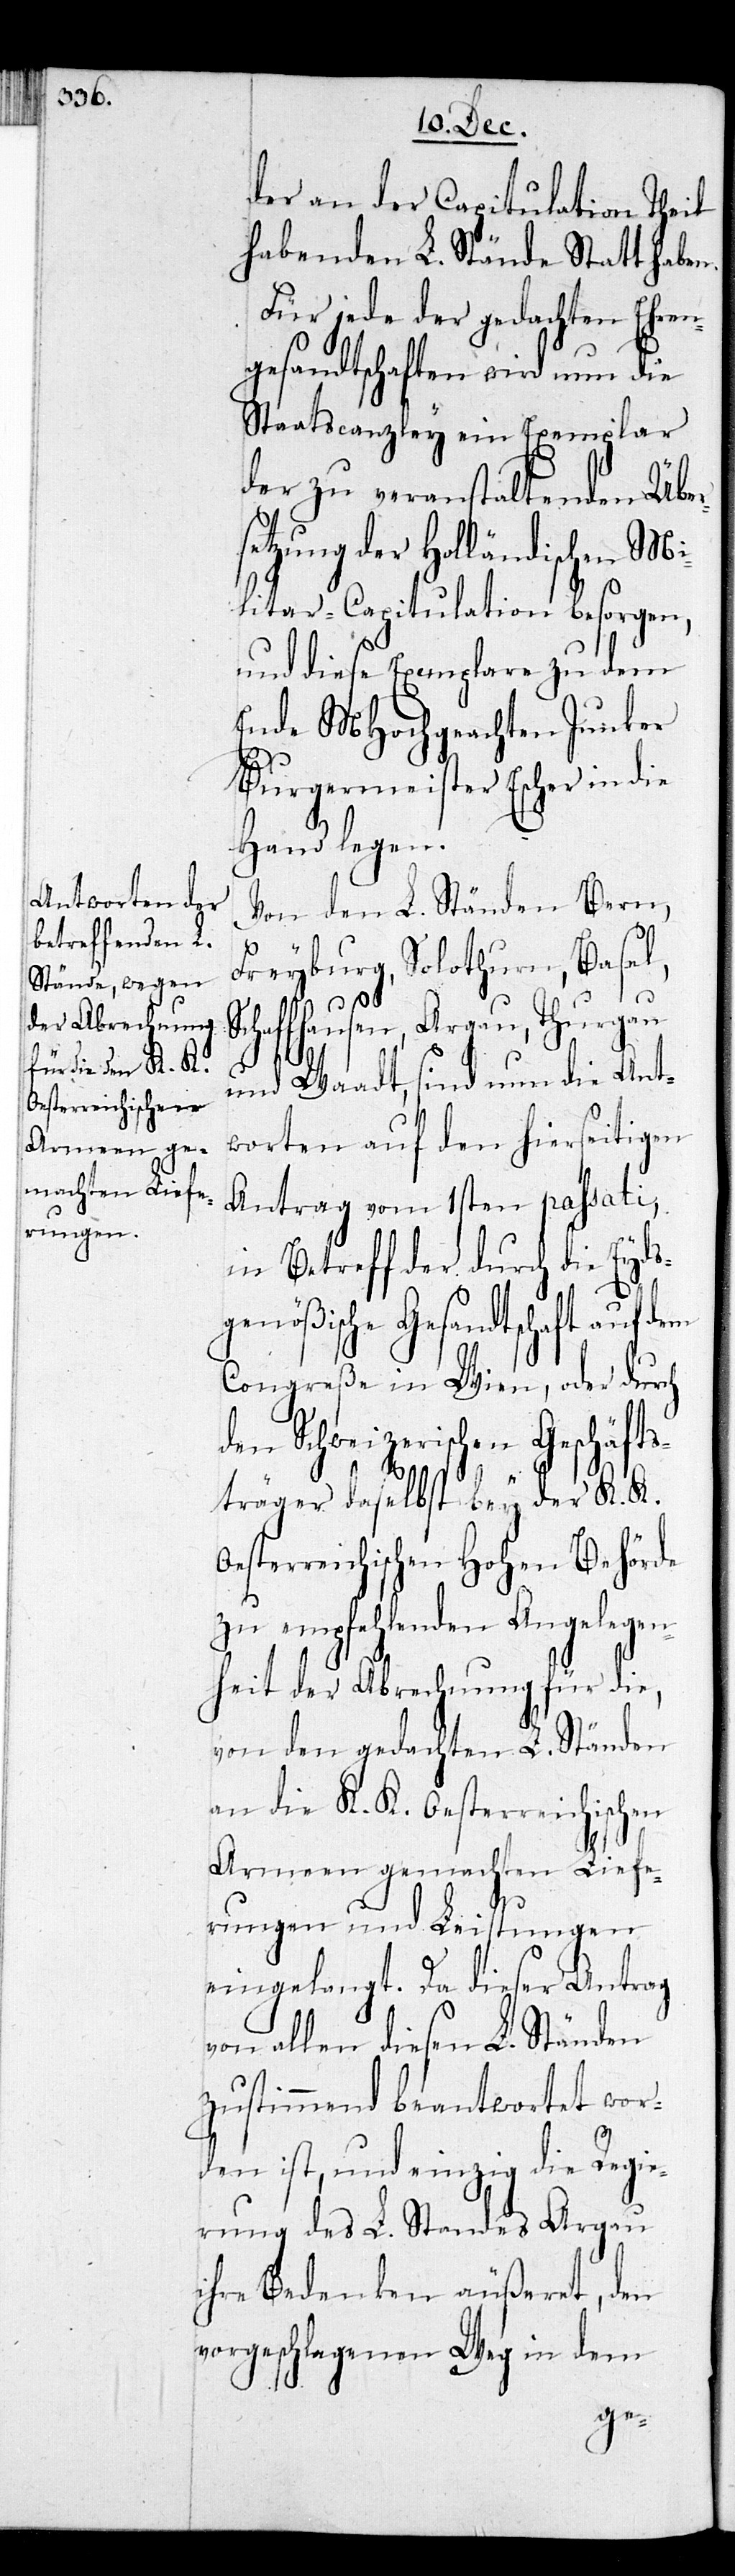
der an der Capitulation Theil
habenden L. Stände Statt haben.
Für jede der gedachten Ehren¬
gesandtschaften wird nun die
Staatscanzley ein Exemplar
der zu veranstaltenden Über¬
setzung der Holländischen Mi¬
litar-Capitulation besorgen,
und diese Exemplare zu dem
Ende MHochgeachten Junker
Burgermeister Escher in
Hand legen.
Von den L. Ständen Bern,
Freyburg, Solothurn, Basel,
O¬
Schaffhausen, Aargau,
und Waadt, sind nun die Ant¬
worten auf den hierseitigen
Antrag vom 1sten passati
in Betreff der durch die Eyds¬
genößische Gesandtschaft auf dem
Congreße in Wien, oder durch
den Schweizerischen Geschäft¬
sträger daselbst bey der K. K.
esterreichischen Hohen Behörde
zu empfehlenden Angelegen¬
heit der Abrechnung für die,
von den gedachten L. Ständen
an die K. K. Oesterreichischen
Armeen gemachten Liefe¬
rungen und Leistungen
eingelangt. Da dieser Antrag
von allen diesen L. Ständen
zustimmend beantwortet wor¬
den ist, und einzig die Regie¬
rung des L. Standes Aargau
ihre Bedenken äußeret, den
vorgeschlagenen Weg in dem